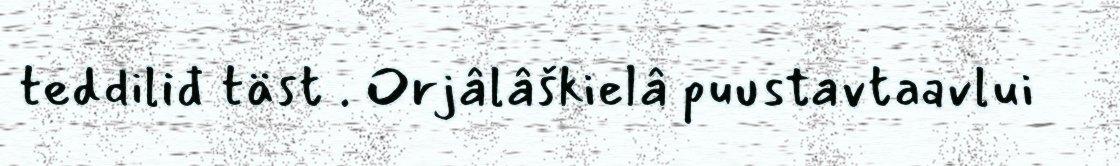
teddiliđ täst . Orjâlâškielâ puustavtaavlui